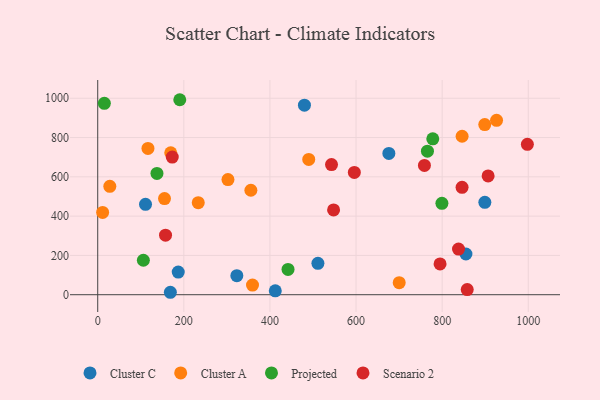
{"axis": {"x": "Engine Size", "y": "Yield"}, "legend": ["Cluster A", "Cluster C", "Projected", "Scenario 2"], "data": [{"x": "412.4", "y": 19.8, "type": "Cluster C"}, {"x": "899.1", "y": 470.2, "type": "Cluster C"}, {"x": "480.1", "y": 964.6, "type": "Cluster C"}, {"x": "111.0", "y": 460.3, "type": "Cluster C"}, {"x": "187.0", "y": 115.1, "type": "Cluster C"}, {"x": "323.1", "y": 96.7, "type": "Cluster C"}, {"x": "511.4", "y": 159.7, "type": "Cluster C"}, {"x": "855.2", "y": 207.3, "type": "Cluster C"}, {"x": "676.2", "y": 719.1, "type": "Cluster C"}, {"x": "168.7", "y": 12.4, "type": "Cluster C"}, {"x": "846.3", "y": 806.5, "type": "Cluster A"}, {"x": "926.3", "y": 887.8, "type": "Cluster A"}, {"x": "359.5", "y": 49.3, "type": "Cluster A"}, {"x": "169.6", "y": 722.7, "type": "Cluster A"}, {"x": "28.1", "y": 551.7, "type": "Cluster A"}, {"x": "155.1", "y": 489.4, "type": "Cluster A"}, {"x": "11.4", "y": 418.6, "type": "Cluster A"}, {"x": "302.5", "y": 586.1, "type": "Cluster A"}, {"x": "898.9", "y": 865.8, "type": "Cluster A"}, {"x": "355.7", "y": 531.6, "type": "Cluster A"}, {"x": "116.7", "y": 744.7, "type": "Cluster A"}, {"x": "700.2", "y": 61.2, "type": "Cluster A"}, {"x": "233.5", "y": 468.5, "type": "Cluster A"}, {"x": "490.1", "y": 688.5, "type": "Cluster A"}, {"x": "15.4", "y": 974.4, "type": "Projected"}, {"x": "778.2", "y": 793.3, "type": "Projected"}, {"x": "137.6", "y": 617.2, "type": "Projected"}, {"x": "765.8", "y": 730.7, "type": "Projected"}, {"x": "442.0", "y": 128.5, "type": "Projected"}, {"x": "106.0", "y": 175.4, "type": "Projected"}, {"x": "799.4", "y": 465.1, "type": "Projected"}, {"x": "190.6", "y": 992.5, "type": "Projected"}, {"x": "838.0", "y": 232.1, "type": "Scenario 2"}, {"x": "547.8", "y": 431.5, "type": "Scenario 2"}, {"x": "858.2", "y": 26.0, "type": "Scenario 2"}, {"x": "157.5", "y": 303.0, "type": "Scenario 2"}, {"x": "173.1", "y": 700.4, "type": "Scenario 2"}, {"x": "596.0", "y": 622.2, "type": "Scenario 2"}, {"x": "758.8", "y": 658.0, "type": "Scenario 2"}, {"x": "997.9", "y": 765.7, "type": "Scenario 2"}, {"x": "906.7", "y": 604.7, "type": "Scenario 2"}, {"x": "846.2", "y": 546.7, "type": "Scenario 2"}, {"x": "795.1", "y": 156.9, "type": "Scenario 2"}, {"x": "543.0", "y": 662.4, "type": "Scenario 2"}]}